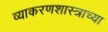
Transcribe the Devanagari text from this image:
व्याकरणशास्त्राच्या